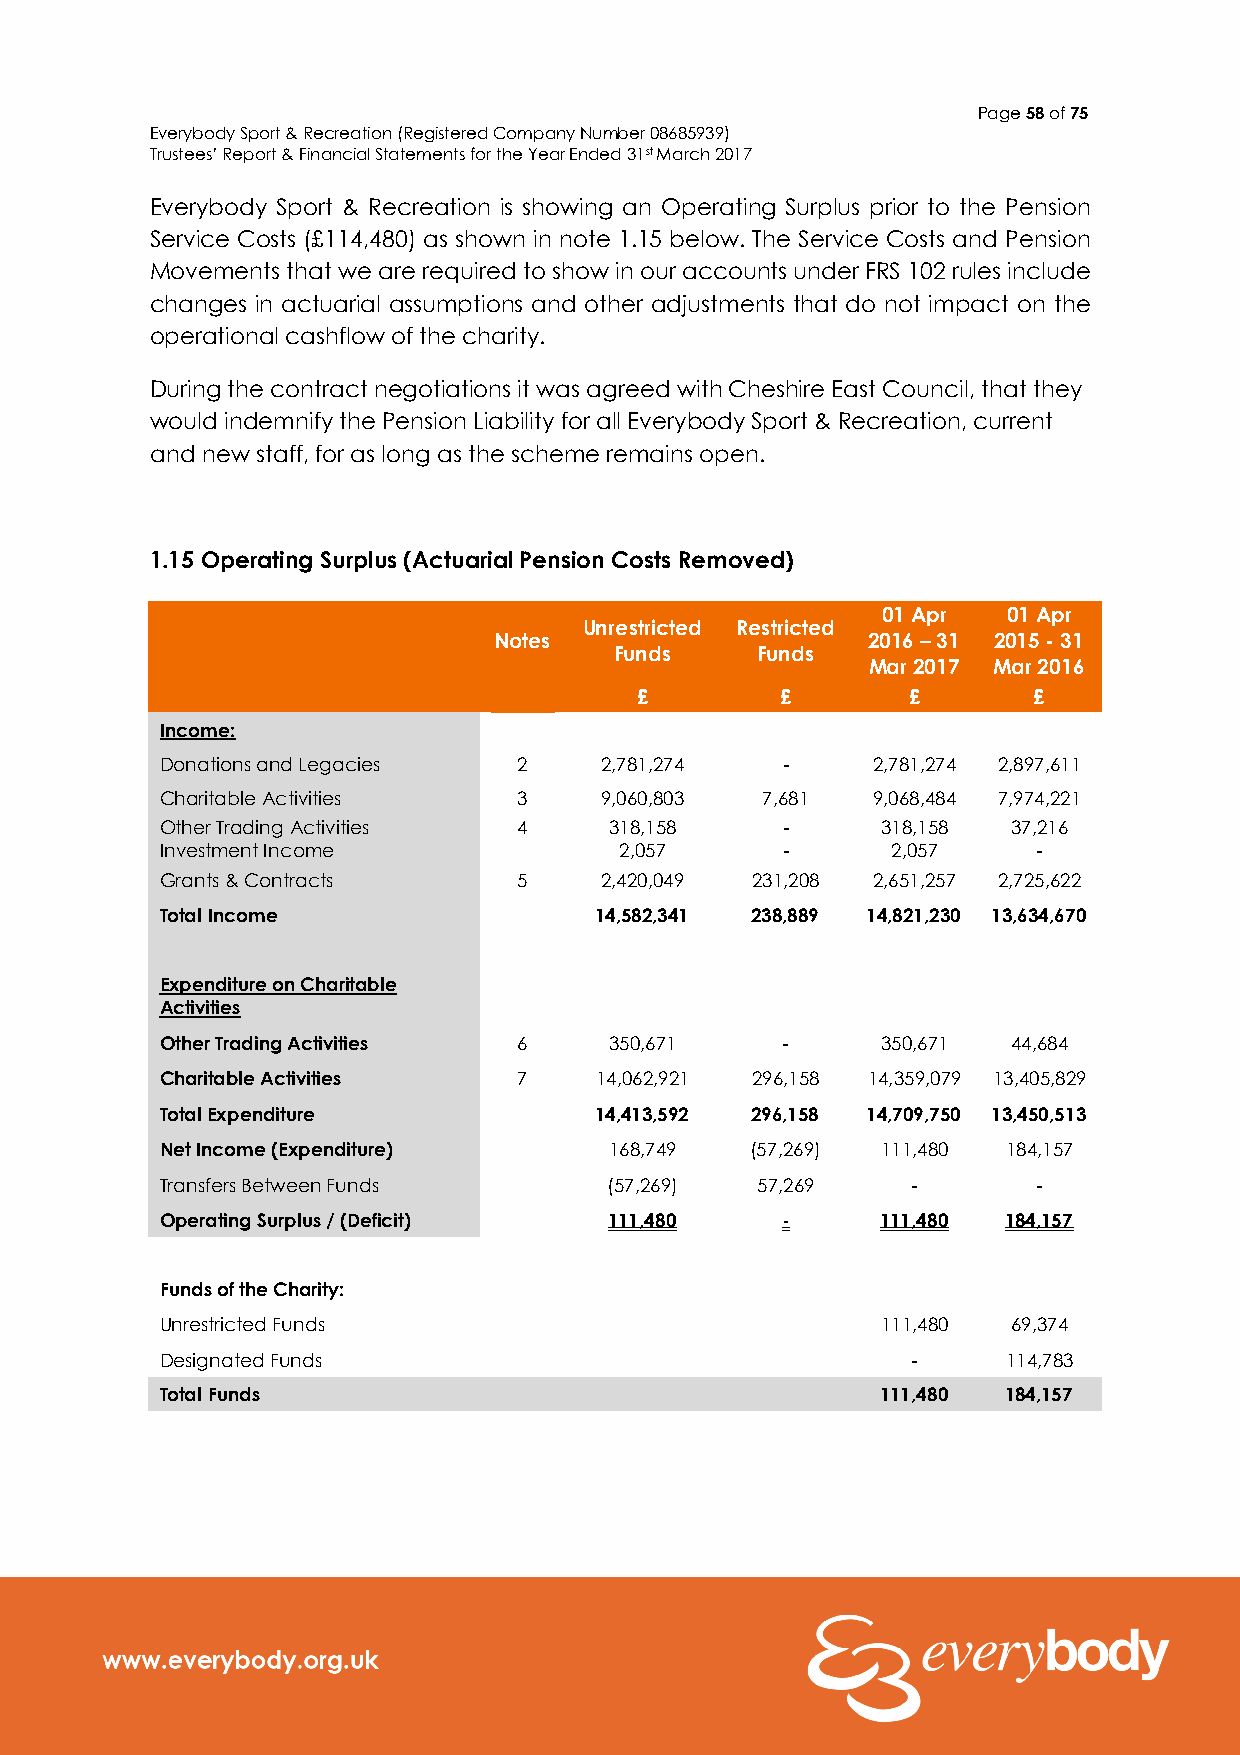
Page 58 of 75
 Everybody Sport & Recreation (Registered Company Number 08685939)
 Trustees’ Report & Financial Statements for the Year Ended 31st March 2017
 Everybody Sport & Recreation is showing an Operating Surplus prior to the Pension
 Service Costs (£114,480) as shown in note 1.15 below. The Service Costs and Pension
 Movements that we are required to show in our accounts under FRS 102 rules include
 changes in actuarial assumptions and other adjustments that do not impact on the
 operational cashflow of the charity.
 During the contract negotiations it was agreed with Cheshire East Council, that they
 would indemnify the Pension Liability for all Everybody Sport & Recreation, current
 and new staff, for as long as the scheme remains open.
 1.15 Operating Surplus (Actuarial Pension Costs Removed)
 01 Apr   01 Apr
 Unrestricted Restricted
 Notes                   2016 – 31 2015 - 31
 Funds    Funds
 Mar 2017 Mar 2016
 £         £       £       £
 Income:
 Donations and Legacies 2     2,781,274   -     2,781,274 2,897,611
 Charitable Activities  3     9,060,803 7,681   9,068,484 7,974,221
 Other Trading Activities 4   318,158     -     318,158  37,216
 Investment Income             2,057      -      2,057     -
 Grants & Contracts     5     2,420,049 231,208 2,651,257 2,725,622
 Total Income                14,582,341 238,889 14,821,230 13,634,670
 Expenditure on Charitable
 Activities
 Other Trading Activities 6   350,671     -     350,671  44,684
 Charitable Activities  7    14,062,921 296,158 14,359,079 13,405,829
 Total Expenditure           14,413,592 296,158 14,709,750 13,450,513
 Net Income (Expenditure)     168,749   (57,269) 111,480 184,157
 Transfers Between Funds      (57,269)  57,269    -        -
 Operating Surplus / (Deficit) 111,480    -     111,480  184,157
 Funds of the Charity:
 Unrestricted Funds                             111,480  69,374
 Designated Funds                                 -      114,783
 Total Funds                                    111,480  184,157